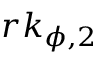
r k _ { \phi , 2 }